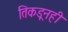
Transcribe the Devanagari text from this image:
तिकडूनही